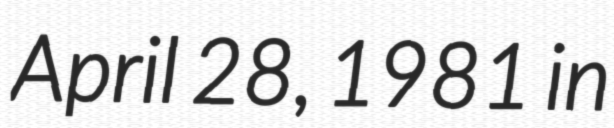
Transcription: April 28, 1981 in